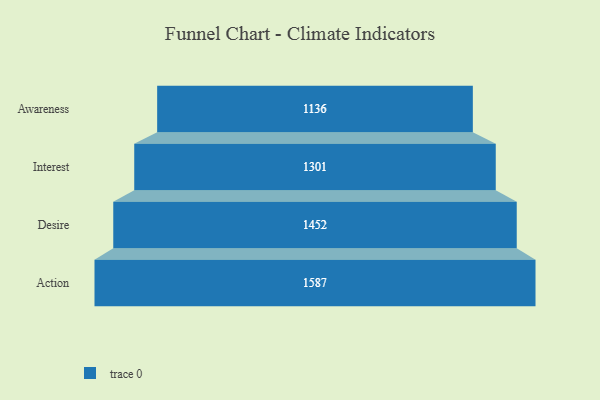
{"axis": {"x": "Stage", "y": "Value"}, "legend": [""], "data": [{"x": "Awareness", "y": 1136.0, "type": ""}, {"x": "Interest", "y": 1301.0, "type": ""}, {"x": "Desire", "y": 1452.0, "type": ""}, {"x": "Action", "y": 1587.0, "type": ""}]}